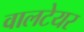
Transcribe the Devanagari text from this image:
वालटेयर